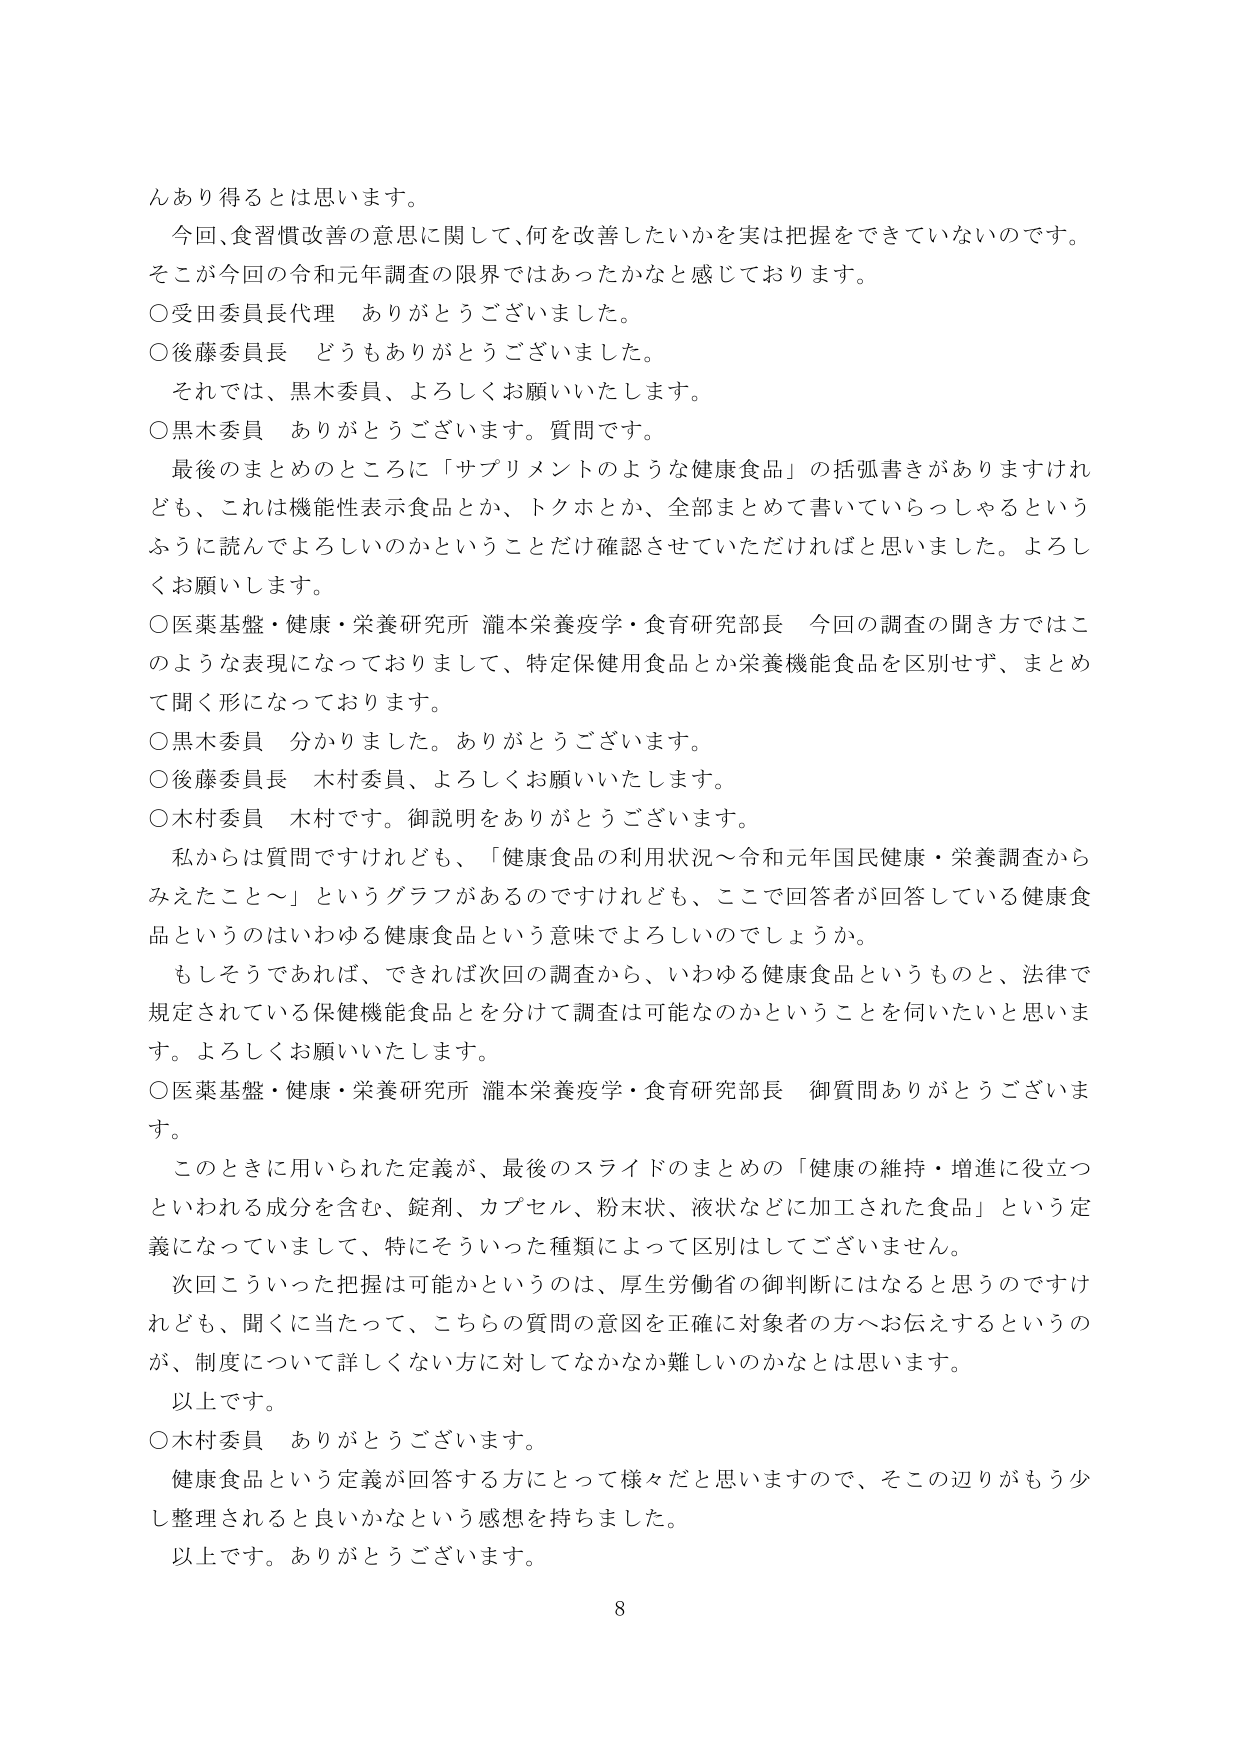
んあり得るとは思います。
今回、食習慣改善の意思に関して、何を改善したいかを実は把握をできていないのです。
そこが今回の令和元年調査の限界ではあったかなと感じております。
○受田委員長代理 ありがとうございました。
○後藤委員長 どうもありがとうございました。
それでは、黒木委員、よろしくお願いいたします。
○黒木委員 ありがとうございます。質問です。
最後のまとめのところに「サプリメントのような健康食品」の括弧書きがありますけれ
ども、これは機能性表示食品とか、トクホとか、全部まとめて書いていらっしゃるという
ふうに読んでよろしいのかということだけ確認させていただければと思いました。よろし
くお願いします。
○医薬基盤・健康・栄養研究所 瀧本栄養疫学・食育研究部長 今回の調査の聞き方ではこ
のような表現になっておりまして、特定保健用食品とか栄養機能食品を区別せず、まとめ
て聞く形になっております。
○黒木委員 分かりました。ありがとうございます。
○後藤委員長 木村委員、よろしくお願いいたします。
○木村委員 木村です。御説明をありがとうございます。
私からは質問ですけれども、「健康食品の利用状況～令和元年国民健康・栄養調査から
みえたこと～」というグラフがあるのですけれども、ここで回答者が回答している健康食
品というのはいわゆる健康食品という意味でよろしいでしょうか。
もしそうであれば、できれば次回の調査から、いわゆる健康食品というものと、法律で
規定されている保健機能食品とを分けて調査は可能なのかということを伺いたいと思いま
す。よろしくお願いいたします。
○医薬基盤・健康・栄養研究所 瀧本栄養疫学・食育研究部長 御質問ありがとうございます。
このときに用いられた定義が、最後のスライドのまとめの「健康の維持・増進に役立つ
といわれる成分を含む、錠剤、カプセル、粉末状、液状などに加工された食品」という定
義になっていまして、特にそういった種類によって区別はしてございません。
次回こういった把握は可能かというのは、厚生労働省の御判断にはなると思うのですけ
れども、聞くに当たって、こちらの質問の意図を正確に対象者の方へお伝えするというの
が、制度について詳しくない方に対してなかなか難しいのかなとは思います。
以上です。
○木村委員 ありがとうございます。
健康食品という定義が回答する方にとって様々だと思いますので、そこの辺りがもう少
し整理されると良いかなという感想を持ちました。
以上です。ありがとうございます。
8